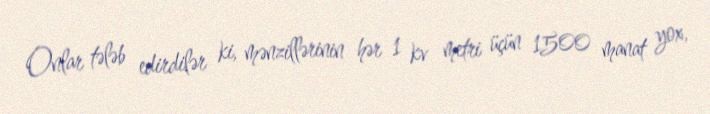
Onlar tələb edirdilər ki, mənzillərinin hər 1 kv metri üçün 1500 manat yox,